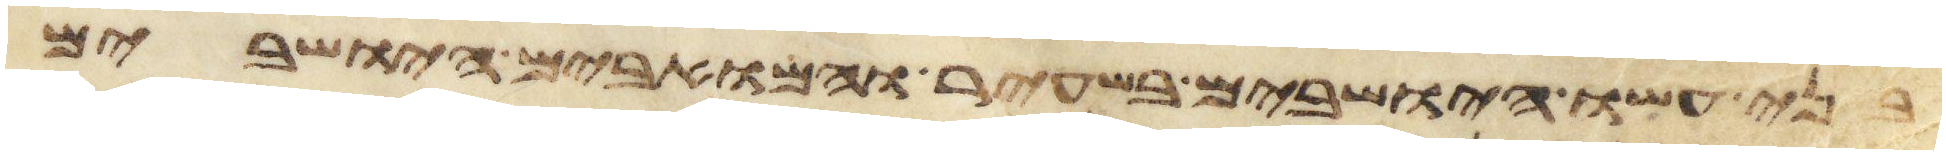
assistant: בני עשו הישבים בשעיר והמואבים הישבים